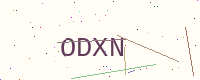
Text: ODXN